Senior Leaving Certificate Examination (including Day School Certificate (Higher) General paper), 1947
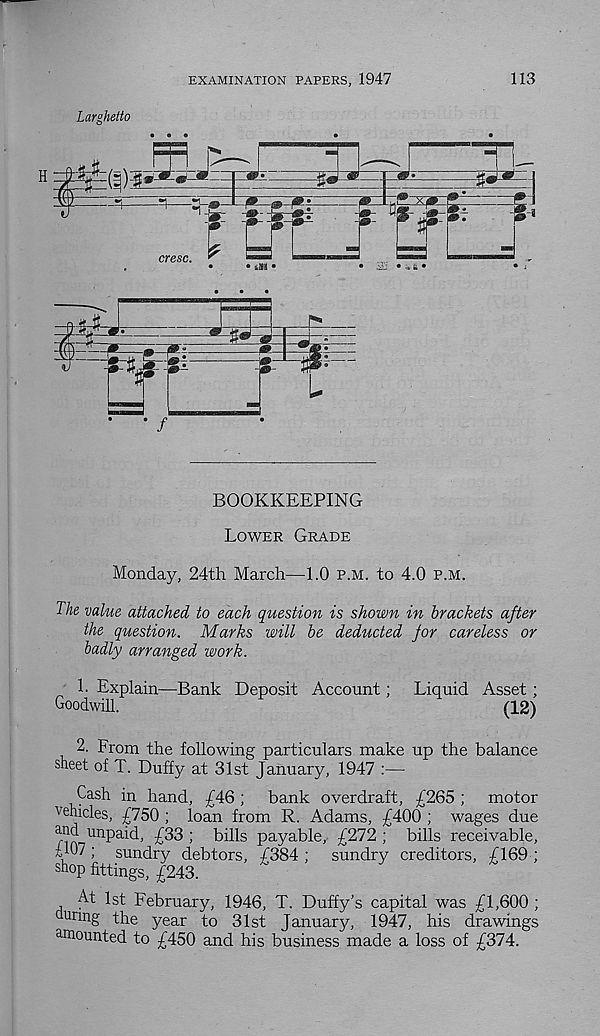
EXAMINATION PAPERS, 1947
113
• /
BOOKKEEPING
Lower Grade
Monday, 24th March—1.0 p.m. to 4.0 p.m.
The value attached to each question is shown in brackets after
the question. Marks will be deducted for careless or
badly arranged work.
1. Explain—Bank Deposit Account;
Liquid Asset;
Goodwill.
(12)
2. From the following particulars make up the balance
sheet of T. Duffy at 31st January, 1947 :—
Cash in hand, £46 ;
bank overdraft, £265 ;
motor
vehicles, £750 ; loan from R. Adams, £400 ; wages due
and unpaid, £33 ; bills payable, £272 ; bills receivable,
£07; sundry debtors, £384; sundry creditors, £169 ;
shop fittings, £243.
At 1st February, 1946, T. Duffy's capital was £1,600 ;
un ng the year to 31st January, 1947, his drawings
amounted to £450 and his business made a loss of £374.